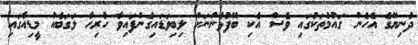
ދުނިޔޭގެ އެހެން ގައުމުތަކުގައި ވެސް އެކި ބޭފުޅުންނަށް ލިބިވަޑައިގެންފައިވާ ހުރިހާ ލަގަބެއް މީޑިއާގައި